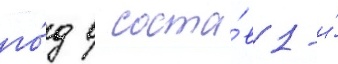
го́д в соста́в 1-и́